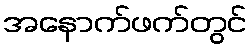
အနောက်ဖက်တွင်